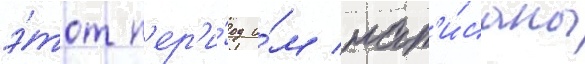
э́тот п'ер'и́од и́м нап'и́саны